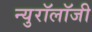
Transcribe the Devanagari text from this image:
न्युरॉलॉजी